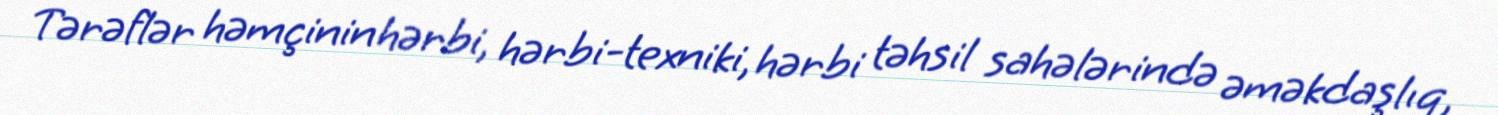
Tərəflər həmçinin hərbi, hərbi-texniki, hərbi təhsil sahələrində əməkdaşlıq,